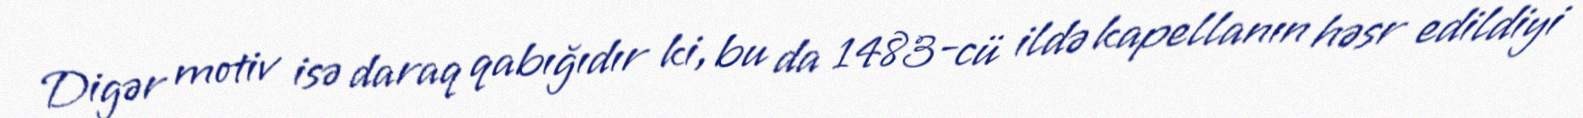
Digər motiv isə daraq qabığıdır ki, bu da 1483-cü ildə kapellanın həsr edildiyi